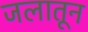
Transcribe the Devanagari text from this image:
जलातून